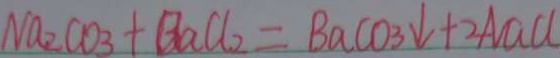
N a _ { 2 } C O _ { 3 } + B a C l _ { 2 } = B a c O _ { 3 } \downarrow + 2 N a C l